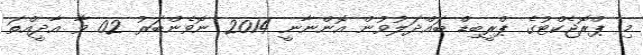
މި ޕްރޮޖެކްޓުގެ ޕްރީބިޑް ބައްދަލުވުން އޮންނާނީ 2014 ނޮވެންބަރު 02 ވާ އާދީއްތަ